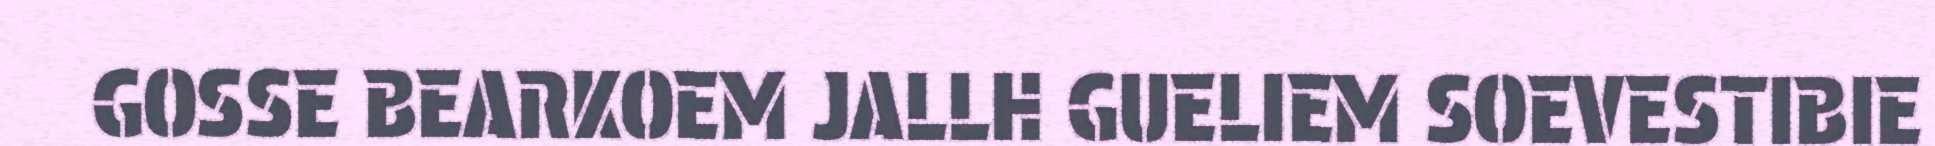
GOSSE BEARKOEM JALLH GUELIEM SOEVESTIBIE